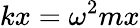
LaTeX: kx=\omega^{2}mx